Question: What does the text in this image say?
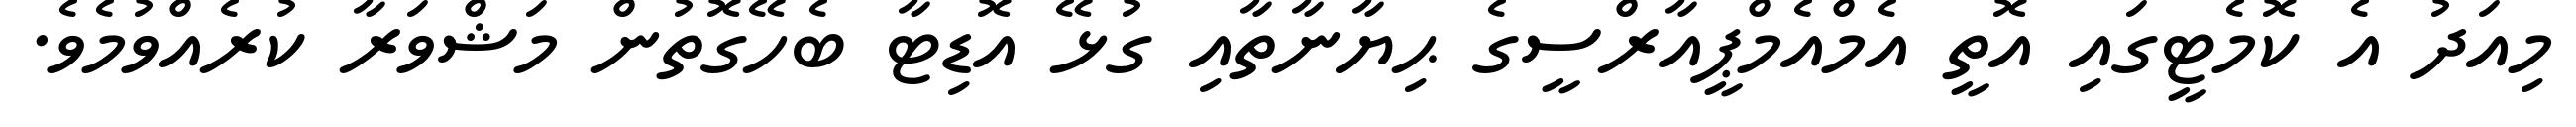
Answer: މިއަދު އެ ކޮމެޓީގައި އޮތީ އެމްއެމްޕީއާރްސީގެ ޙިޔާނާތާއި ގުޅޭ އޮޑިޓާ ބެހޭގޮތުން މަޝްވަރާ ކުރެއްވުމެވެ.